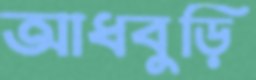
আধবুড়ি